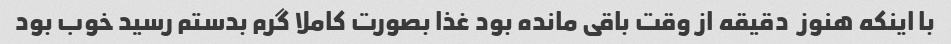
با اینکه هنوز  دقیقه از وقت باقی مانده بود غذا بصورت کاملا گرم بدستم رسید خوب بود